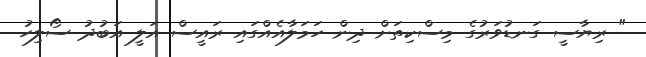
" ރިޔާސީ ގަނޑުވަރުގެ މިސްކިތަށް ދިން ހަމަލާއެއްގައި ރައީސް އަލީ އަބުދު ސޯލިހު